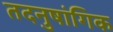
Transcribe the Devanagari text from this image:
तदनुषांगिक